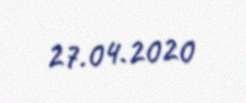
27.04.2020